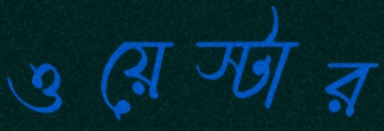
ওয়েস্টার